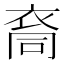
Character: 𮕺